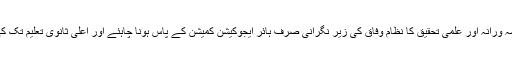
جواب :سب سے پہلے ملک میں اعلیٰ پیشہ ورانہ اور علمی تحقیق کا نظام وفاق کی زیر نگرانی صرف ہائر ایجوکیشن کمیشن کے پاس ہونا چاہئے اور اعلیٰ ثانوی تعلیم تک کی ذمہ داری صرف صوبوں کے پاس ہو۔